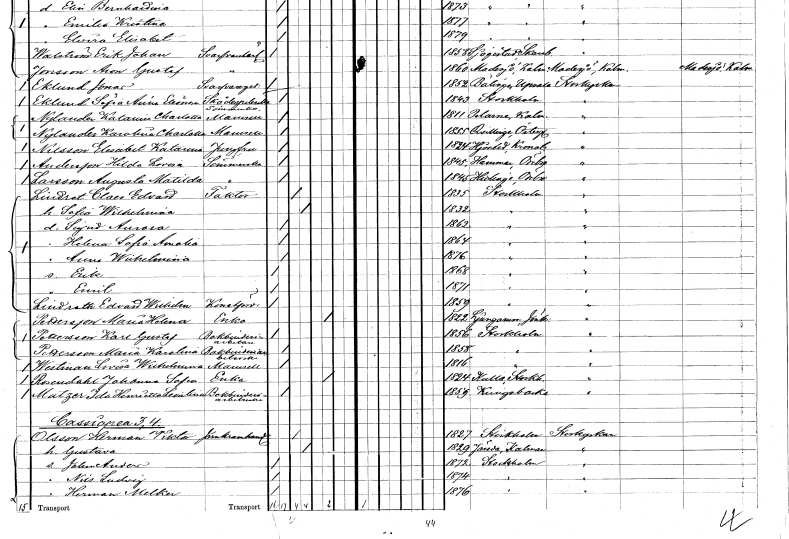
gt_parse: households: individuals: FN: Katarina Charlotta
EN: Nylander
YRKE: Sömmerska
KON: K
CIV: O
FODAR: 1811
FODFORS: Pelarne Kalmar län
FN: Karolina Charlotta
EN: Nylander
KON: K
CIV: O
FODAR: 1855
FODFORS: Kvillinge Östergötlands län
FN: Elisabet Katarina
EN: Nilsson
YRKE: Jungfru
KON: K
CIV: O
FODAR: 1824
FODFORS: Hjorted Kalmar län
FN: Hilda Lovisa
EN: Andersson
YRKE: Sömmerska
KON: K
CIV: O
FODAR: 1845
FODFORS: Hammar Örebro län
FN: Augusta Matilda
EN: Larsson
YRKE: Sömmerska
KON: K
CIV: O
FODAR: 1845
FODFORS: Hidinge Örebro län
FN: Claes Edvard
EN: Lindrot
YRKE: Faktor
KON: M
CIV: G
FODAR: 1835
FODFORS: Stockholm
FN: Sofia Wilhelmina
KON: K
CIV: G
FODAR: 1832
FODFORS: Stockholm
FN: Sigrid Aurora
KON: K
CIV: O
FODAR: 1862
FODFORS: Stockholm
FN: Helena Sofia Amalia
KON: K
CIV: O
FODAR: 1864
FODFORS: Stockholm
FN: Anna Wilhelmina
KON: K
CIV: O
FODAR: 1876
FODFORS: Stockholm
FN: Erik
KON: M
CIV: O
FODAR: 1868
FODFORS: Stockholm
FN: Emil
KON: M
CIV: O
FODAR: 1871
FODFORS: Stockholm
FN: Edvard Wilhelm
EN: Lindroth
YRKE: Konstförvandt
KON: M
CIV: O
FODAR: 1859
FODFORS: Stockholm
FN: Maria Helena
EN: Pettersson
YRKE: Änka
KON: K
CIV: E
FODAR: 1822
FODFORS: Ljungarum Jönköpings län
FN: Karl Gustaf
EN: Pettersson
YRKE: Bokbinderiarbetare
KON: M
CIV: O
FODAR: 1856
FODFORS: Stockholm
FN: Maria Karolina
EN: Pettersson
YRKE: Bokbinderiarbeterska
KON: K
CIV: O
FODAR: 1858
FODFORS: Stockholm
FN: Lovisa Wilhelmina
EN: Westman
KON: K
CIV: O
FODAR: 1816
FODFORS: Stockholm
FN: Johanna Sofia
EN: Rosendahl
YRKE: Änka
KON: K
CIV: O
FODAR: 1824
FODFORS: Kulla Stockholms län
FN: Ida Henrietta Leontina
EN: Matzer
YRKE: Bokbinderiarbeterska
KON: K
CIV: O
FODAR: 1859
FODFORS: Kungsbacka Hallands län
FN: Herman Viktor
EN: Olsson
YRKE: Järnkramhandlare
KON: M
CIV: G
FODAR: 1827
FODFORS: Stockholm
FN: Gustava
KON: K
CIV: G
FODAR: 1829
FODFORS: Järeda Kalmar län
FN: Johan Anders
KON: M
CIV: O
FODAR: 1872
FODFORS: Stockholm
FN: Nils Ludvig
KON: M
CIV: O
FODAR: 1874
FODFORS: Stockholm
FN: Herman Melker
KON: M
CIV: O
FODAR: 1876
FODFORS: Stockholm